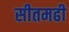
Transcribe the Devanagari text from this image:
सीतमढी